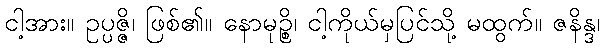
ငါ့အား။ ဥပ္ပဇ္ဇိ၊ ဖြစ်၏။ နောမုဉ္စိ၊ ငါ့ကိုယ်မှပြင်သို့ မထွက်။ ဇနိန္ဒ၊